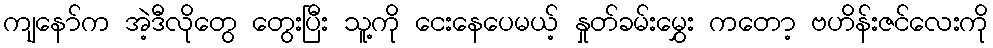
ကျနော်က အဲ့ဒီလိုတွေ တွေးပြီး သူ့ကို ငေးနေပေမယ့် နှုတ်ခမ်းမွှေး ကတော့ ဗဟိန်းဇင်လေးကို